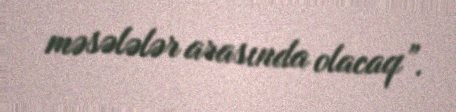
məsələlər arasında olacaq”.